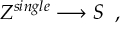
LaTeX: Z ^ { s i n g l e } \longrightarrow S \; \; ,